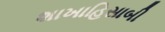
શાખાહિસાબી